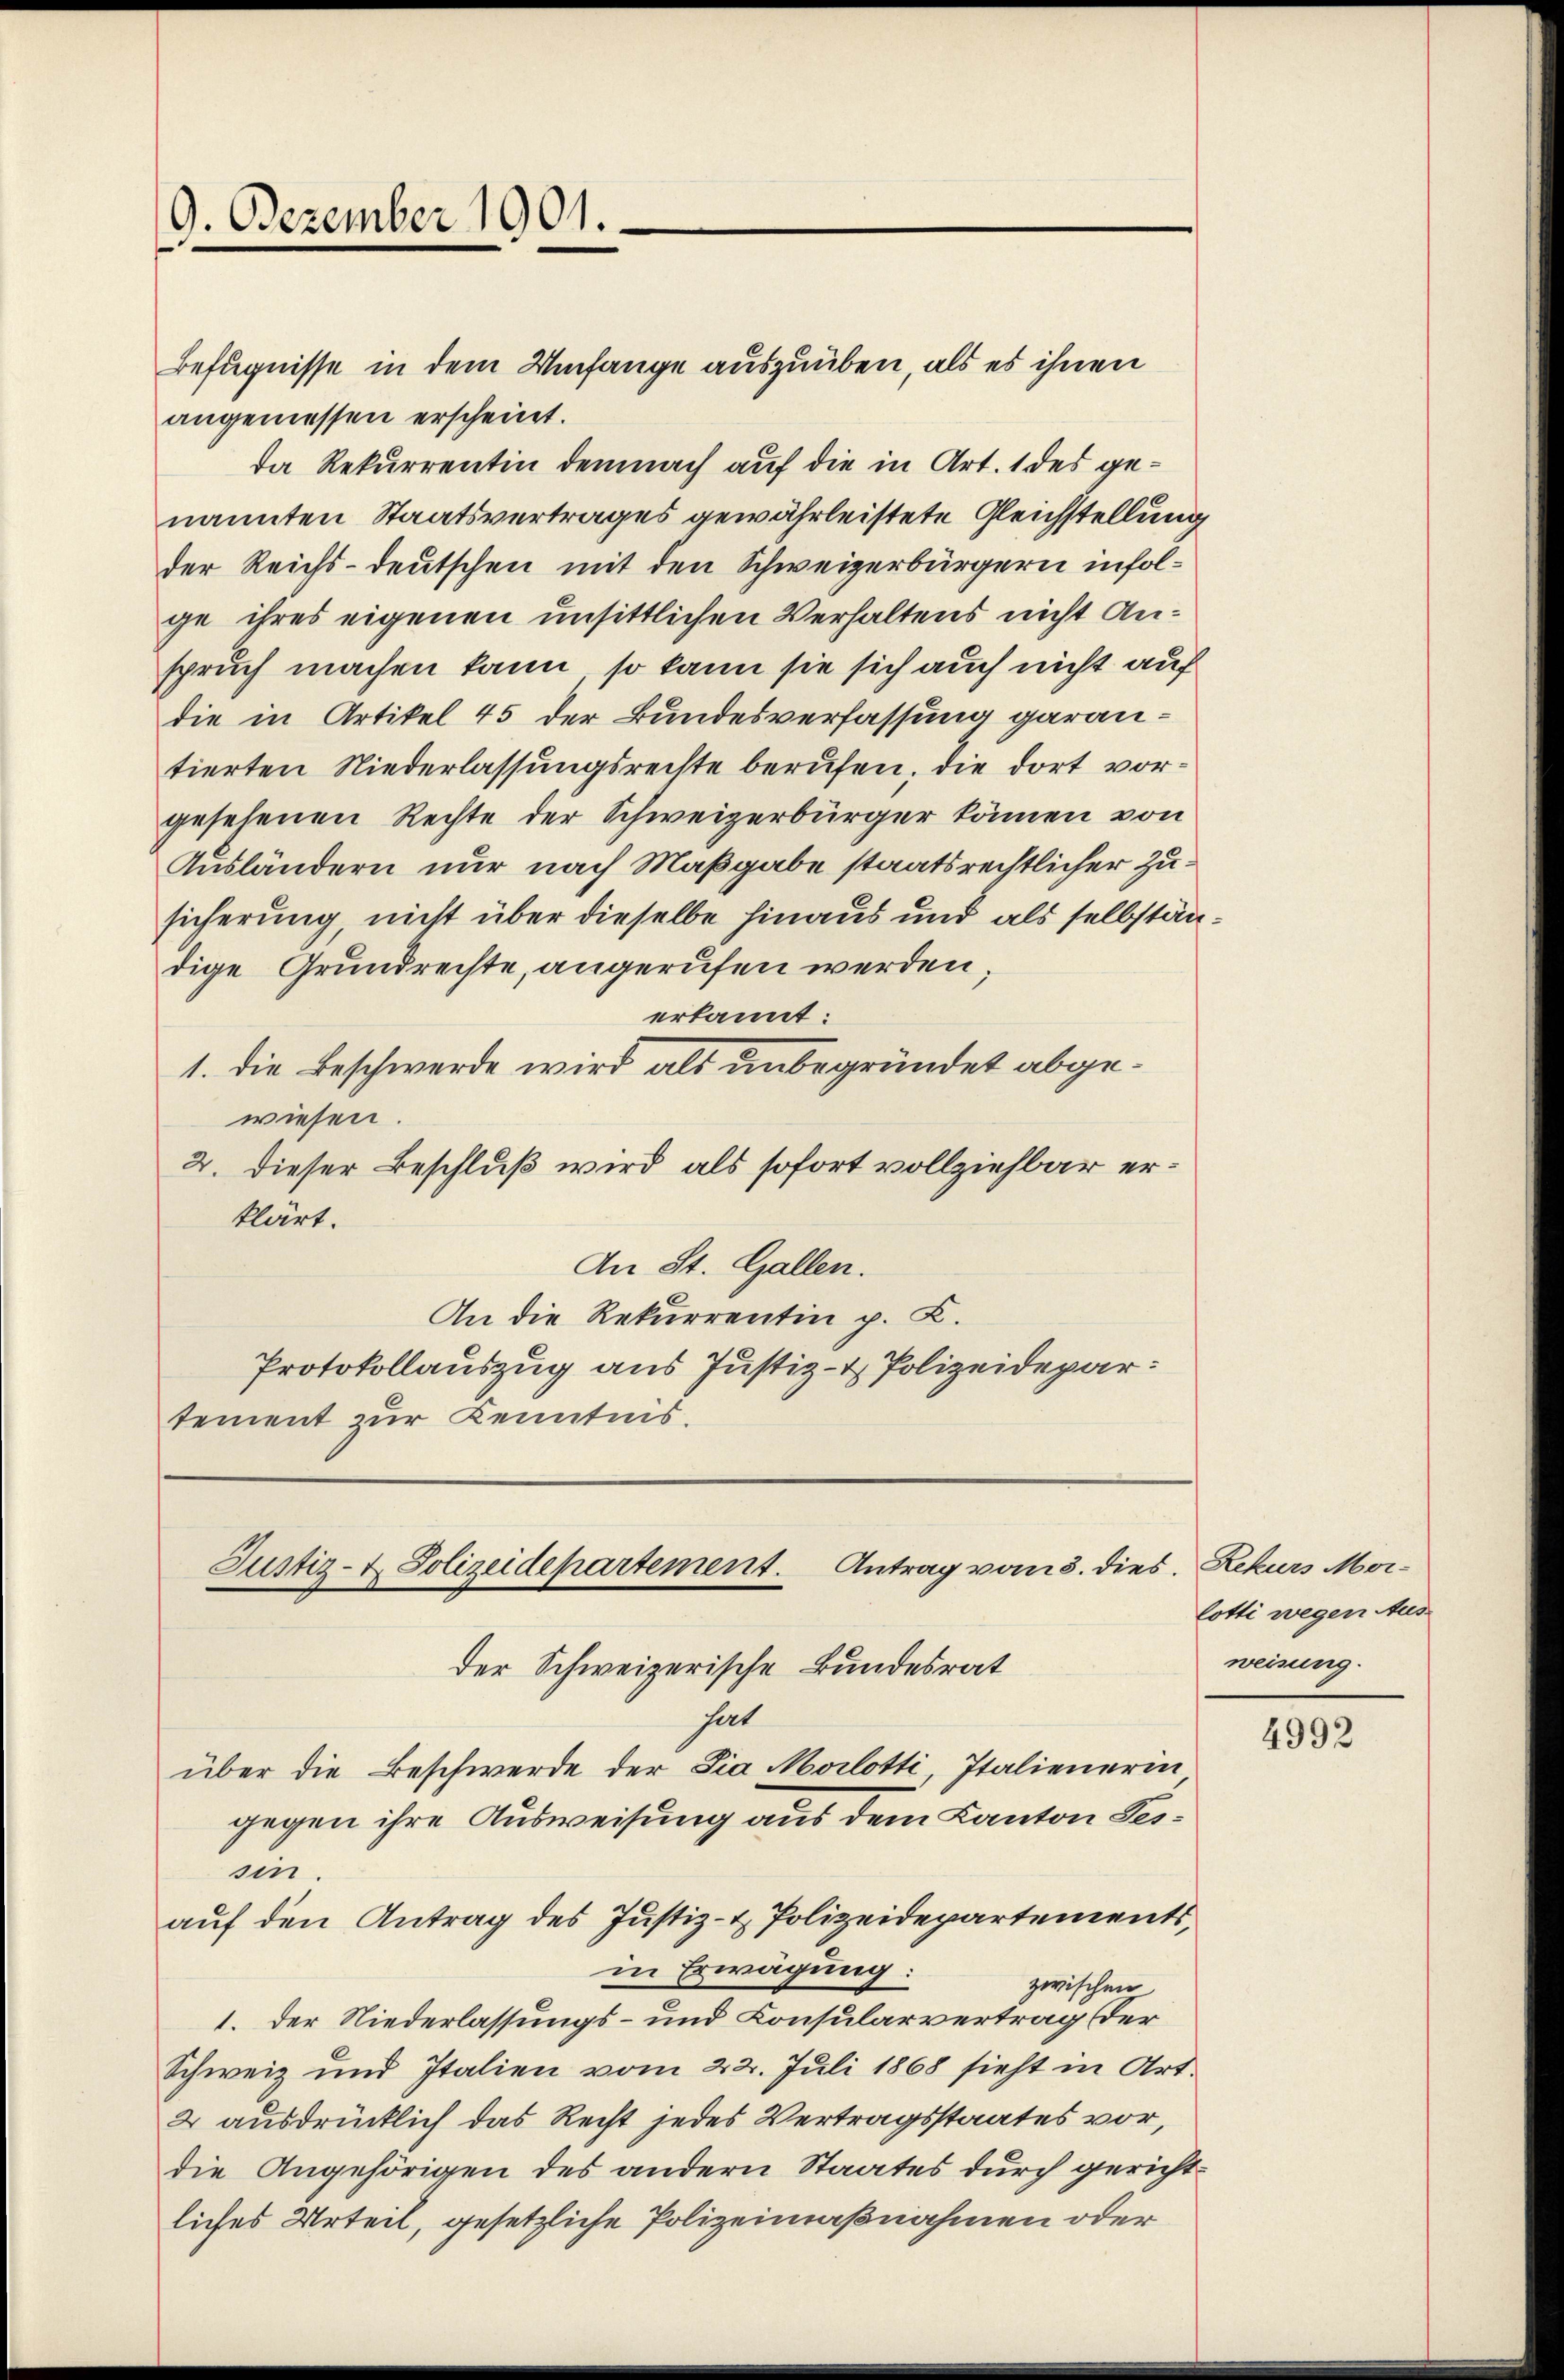
9. Dezember 1901.

Befugnisse in dem Umfange auszuüben, als es ihnen
angemessen erscheint.
da Rekurrentin demnach auf die in Art. 1 des genannten Staatsvertrages gewährleistete Gleichstellung
der Reichs-deutschen mit den Schweizerbürgern infolge ihres eigenen unsittlichen Verhaltens nicht Anspruch machen kann, so kann sie sich auch nicht auf
die in Artikel 45 der Bundesverfassung garantierten Niederlassungsrechte berufen, die dort vorgesehenen Rechte der Schweizerbürger können von
Ausländern nur nach Maßgabe staatsrechtlicher Zusicherung nicht über dieselbe hinaus und als selbständige Grundrechte, angerufen werden,
erkannt:
1. die Beschwerde wird als unbegründet abgewiesen.
2. dieser Beschluß wird als sofort vollziehbar erklärt.
An St. Gallen.
An die Rekurrentin p. C.
Protokollauszug aus Justiz- & Polizeidepar
tement zur Kenntnis.

Justiz- & Polizeidepartement. Antrag vom 3. dies

der Schweizerische Bundesrat
hat
über die Beschwerde der Dia Morlotti, Italienerin
gegen ihre Ausweisung aus dem Kanton Bessin.
auf den Antrag des Justiz- & Polizeidepartements,
in Erwägung:
zwischen.
1. Der Niederlassungs- und Consularvertrag der
Schweiz und Italien vom 22. Juli 1868 sieht in Art.
2 ausdrücklich das Recht jedes Vertragsstaates vor,
die Angehörigen des andern Staates durch gerichtliches Urteil, gesetzliche Polizeimaßnahmen oder

Rekurs Morlotti wegen Aus-
weisung.

4992